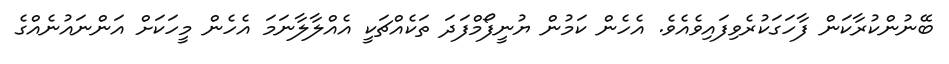
ބޭނުންކުރާކަން ފާހަގަކުރެވިފައިވެއެވެ. އެހެން ކަމުން ޔުނީފޯމްފަދަ ތަކެއްޗަކީ އެއްލާލާނަމަ އެހެން މީހަކަށް އަންނައުނެއްގެ